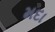
મદા